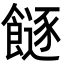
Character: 𩞈